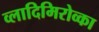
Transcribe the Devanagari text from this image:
व्लादिमिरोव्का